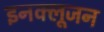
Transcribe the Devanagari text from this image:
इनक्लूजन